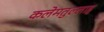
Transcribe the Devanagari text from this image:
कलेमतुल्लाह